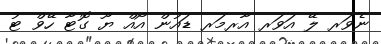
ނެވަރ ލޭ އަވަރ އާރމަރ ޑައުން އޯއް ޔޫ ގޮޓާ ހޭވް ޓު